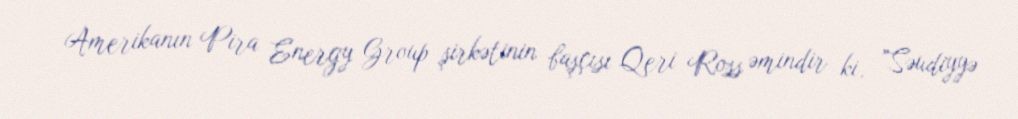
Amerikanın Pira Energy Group şirkətinin başçısı Qeri Ross əmindir ki, ”Səudiyyə